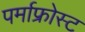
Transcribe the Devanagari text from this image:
पर्माफ्रोस्ट